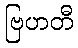
ဗြဟတီ